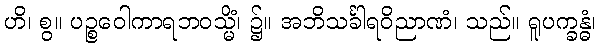
ဟိ၊ စွ။ ပဉ္စဝေါကာရဘဝသ္မိံ၊ ၌။ အဘိသင်္ခါရဝိညာဏံ၊ သည်။ ရူပက္ခန္ဓံ၊